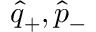
\hat { q } _ { + } , \hat { p } _ { - }